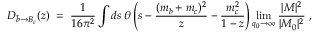
{ D _ { { \bar { b } } \rightarrow B _ { c } } ( z ) \; = \; { \frac { 1 } { 1 6 \pi ^ { 2 } } } \int d s \; \theta \left( s - { \frac { ( m _ { b } + m _ { c } ) ^ { 2 } } { z } } - { \frac { m _ { c } ^ { 2 } } { 1 - z } } \right) \operatorname * { l i m } _ { q _ { 0 } \rightarrow \infty } { \frac { | { \cal M } | ^ { 2 } } { | { \cal M } _ { 0 } | ^ { 2 } } } \; , }